Civil Veterinary Dept. Bombay admin report 1932-41 - 1932-1941
Year: 1932
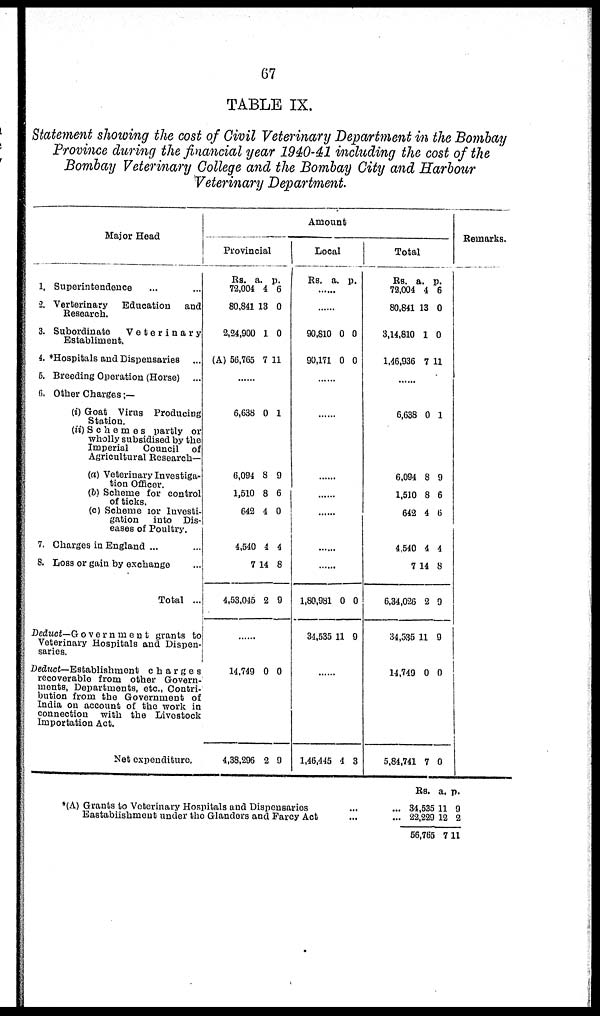
67
TABLE IX.
Statement showing the cost of Civil Veterinary Department in the Bombay
Province during the financial year 1940-41 including the cost of the
Bombay Veterinary College and the Bombay City and Harbour
Veterinary Department.
Major Head
1. Superintendence ... ...
2. Verterinary Education and
Research.
3. Subordinate
Veterinary
Establiment.
4. *Hospitals and Dispensaries ...
5. Breeding Operation (Horse) ...
6. Other Charges :—
(i) Goat Virus Producing
Station.
(ii)Schemes partly or
wholly subsidised by the
Imperial Council of
Agricultural Research—
(a) Veterinary Investiga-
tion Officer.
(b) Scheme for control
of ticks*
(c) Scheme for Investi-
gation into Dis-
eases of Poultry.
7. Charges in England ... ...
8. Loss or gain by exchange ...
Total ...
Deduct—Government
grants to
Veterinary Hospitals and Dispen-
saries.
Deduct—Establishment charges
recoverable from other Govern-
ments, Departments, etc., Contri-
bution from the Government of
India on account of the work in
connection with the Livestock
Importation Act.
Net expenditure.
Amount
Provincial
Rs.
72,004
80,841
2,24,900
(A) 56,765
a.
4
13
1
7
p.
6
0
0
11
......
6,638 0 1
6,094
1,510
642
4,540
7
4,53,045
8
8
4
4
14
2
9
6
0
4
8
9
......
14,749
4,38,296
0
2
0
9
Local
Rs. a. p.
......
......
90,810
90,171
0
0
0
0
......
......
......
......
......
......
......
1,80,981
34,535
0
11
0
9
......
1,46,445 4 3
Total
Rs.
72,004
80,841
3,14,810
1,46,936
a.
4
13
1
7
p.
6
0
0
11
......
6,638 0 1
6,094
1,510
642
4,540
7
6,34,026
34,535
14,749
5,84,741
8
8
4
4
14
2
11
0
7
9
6
6
4
8
9
9
0
0
Remarks.
*(A) Grants to Veterinary Hospitals and Dispensaries
...
...
Eastablishment under the Glanders and Farcy Act
...
...
Rs.
34,535
22,229
56,765
a.
11
12
7
p.
9
2
11